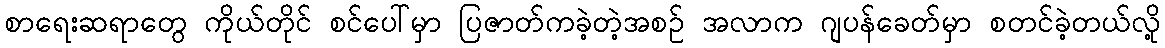
စာရေးဆရာတွေ ကိုယ်တိုင် စင်ပေါ်မှာ ပြဇာတ်ကခဲ့တဲ့အစဉ် အလာက ဂျပန်ခေတ်မှာ စတင်ခဲ့တယ်လို့